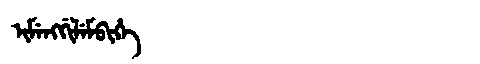
Manchu: ᡳᠮᡝᠩᡤᡳᠯᡝᠮᠪᡳᡥᡝ
Romanization: IMENGGILEMBIHE